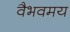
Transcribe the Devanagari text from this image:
वैभवमय